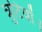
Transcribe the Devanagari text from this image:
त्रुटियों।